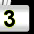
Digit: 3